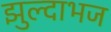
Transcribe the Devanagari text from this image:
झुल्दाभज